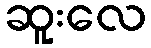
ဆူးလေ